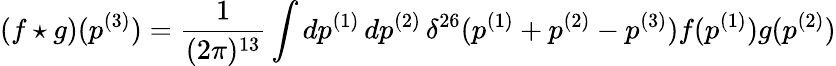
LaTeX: (f\star g)(p^{(3)})=\frac{1}{(2\pi)^{13}}\int dp^{(1)}\, dp^{(2)}\, \delta^{26}(p^{(1)}+p^{(2)}-p^{(3)})f(p^{(1)})g(p^{(2)})